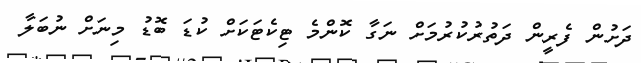
ދަށުން ފެރީން ދަތުރުކުރުމަށް ނަގާ ކޮންމެ ޓިކެޓަކަށް ކުޑަ ބޮޑު މިނަށް ނުބަލާ